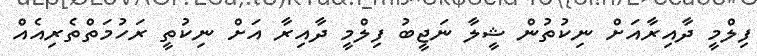
ފިލްމީ ދާއިރާއަށް ނިކުތުން ޝީލާ ނަޖީބު ފިލްމީ ދާއިރާ އަށް ނިކުތީ ރަހުމަތްތެރިއެއް